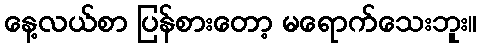
နေ့လယ်စာ ပြန်စားတော့ မရောက်သေးဘူး။